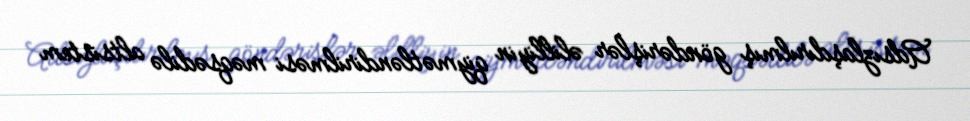
Adsızlaşdırılmış göndərişlər əlilliyin qiymətləndirilməsi məqsədilə altsistem